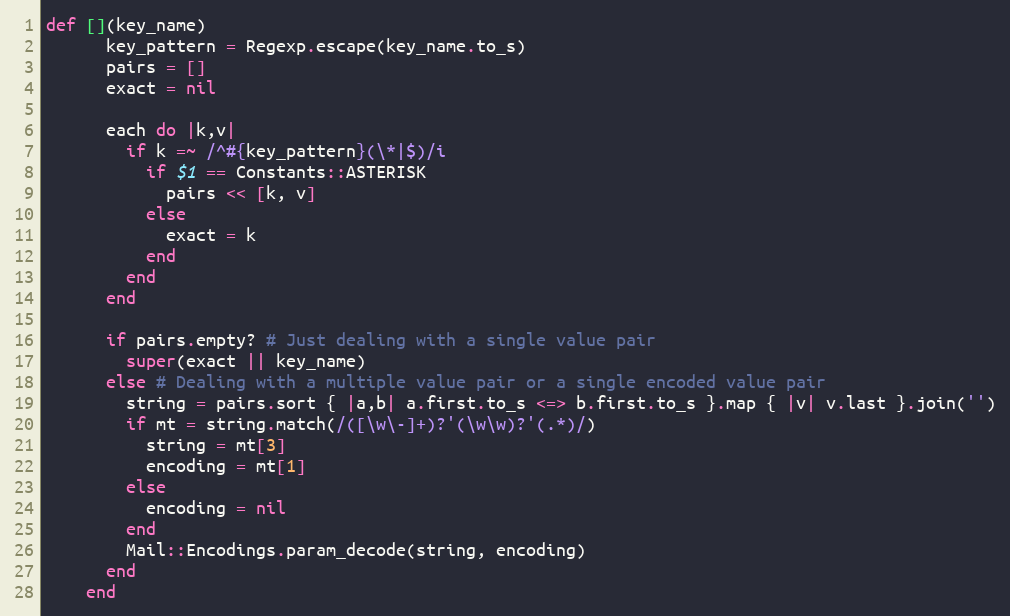
Language: Ruby
def [](key_name)
      key_pattern = Regexp.escape(key_name.to_s)
      pairs = []
      exact = nil

      each do |k,v|
        if k =~ /^#{key_pattern}(\*|$)/i
          if $1 == Constants::ASTERISK
            pairs << [k, v]
          else
            exact = k
          end
        end
      end

      if pairs.empty? # Just dealing with a single value pair
        super(exact || key_name)
      else # Dealing with a multiple value pair or a single encoded value pair
        string = pairs.sort { |a,b| a.first.to_s <=> b.first.to_s }.map { |v| v.last }.join('')
        if mt = string.match(/([\w\-]+)?'(\w\w)?'(.*)/)
          string = mt[3]
          encoding = mt[1]
        else
          encoding = nil
        end
        Mail::Encodings.param_decode(string, encoding)
      end
    end